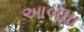
આબધા